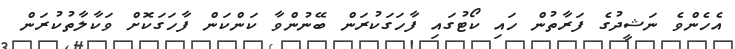
އެހެންވެ ނަޝީދުގެ ފަރާތުން ހައި ކޯޓުގައި ފާހަގަކުރަން ބޭނުންވާ ކަންކަން ފާހަގަކޮށް ވަކާލާތުކުރަން